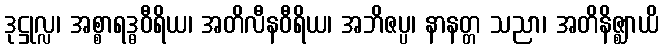
ဒုဋ္ဌုလ္လ၊ အစ္စာရဒ္ဓဝီရိယ၊ အတိလီနဝီရိယ၊ အဘိဇပ္ပ၊ နာနတ္တ သညာ၊ အတိနိဇ္ဈာယိ